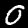
Digit: 0